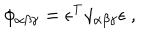
\phi _ { \alpha \beta \gamma } = \epsilon ^ { \mathrm { T } } \gamma _ { \alpha \beta \gamma } \epsilon ~ ,